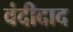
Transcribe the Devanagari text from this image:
वंदीदाद